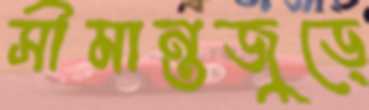
সীমান্তজুড়ে